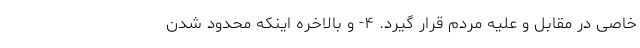
خاصی در مقابل و علیه مردم قرار گیرد. ۴- و بالاخره اینکه محدود شدن